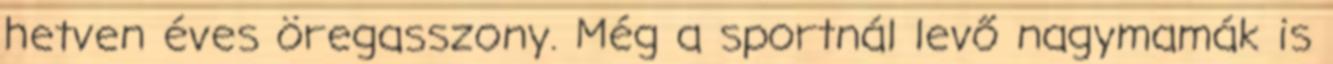
hetven éves öregasszony. Még a sportnál levő nagymamák is